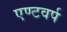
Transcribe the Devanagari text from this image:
एण्टवर्प